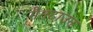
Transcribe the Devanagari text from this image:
गैनटाउन